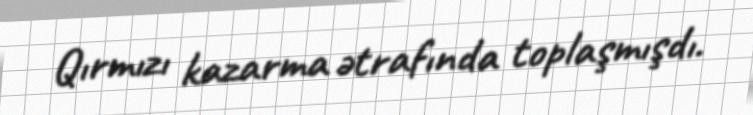
Qırmızı kazarma ətrafında toplaşmışdı.